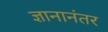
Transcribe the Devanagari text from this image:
ज्ञानानंतर